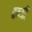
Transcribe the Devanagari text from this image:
हम्डी